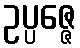
ဥပ္ပဇ္ဇေ